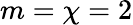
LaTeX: m=\chi=2